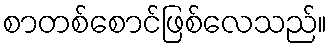
စာတစ်စောင်ဖြစ်လေသည်။